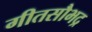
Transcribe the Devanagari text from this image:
गीतसौभद्र